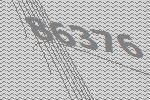
86376